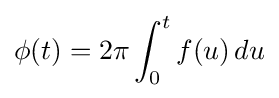
\phi (t)=2\pi \int _{0}^{t}f(u)\,du